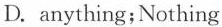
D. anything;Nothing